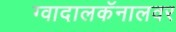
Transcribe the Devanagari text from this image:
ग्वादालकॅनालवर